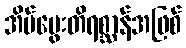
အိမ်မွေးတိရစ္ဆာန်အဖြစ်